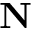
{ \bf N }